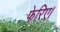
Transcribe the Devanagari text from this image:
फेरिए।